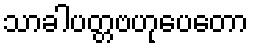
သာခါပတ္တဗဟုပေတော